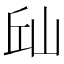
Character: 𱛛